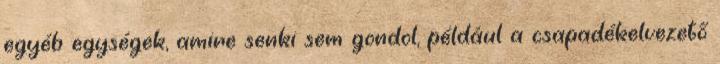
egyéb egységek, amire senki sem gondol, például a csapadékelvezető